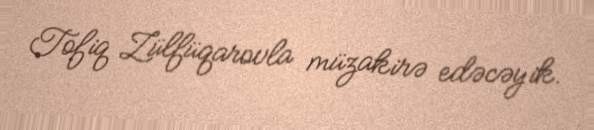
Tofiq Zülfüqarovla müzakirə edəcəyik.